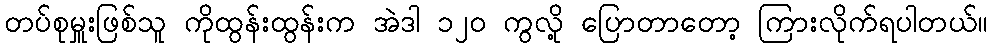
တပ်စုမှူးဖြစ်သူ ကိုထွန်းထွန်းက အဲဒါ ၁၂၀ ကွလို့ ပြောတာတော့ ကြားလိုက်ရပါတယ်။